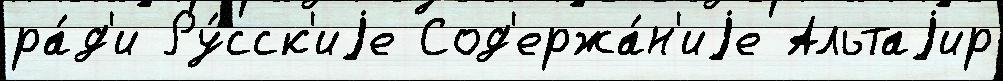
ра́д'и Ру́сск'иjе Сод'ержа́н'иjе Альтаjир